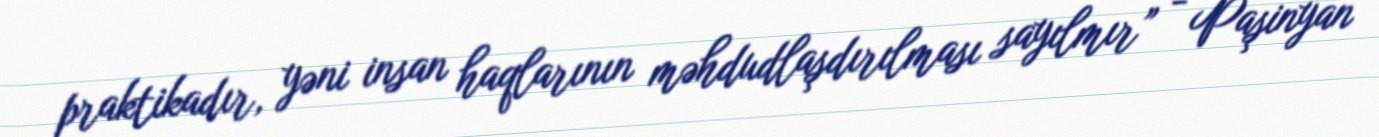
praktikadır, yəni insan haqlarının məhdudlaşdırılması sayılmır” - Paşinyan